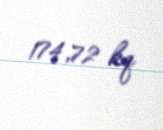
174,72 kq